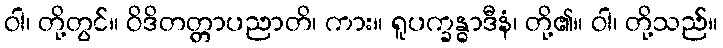
ဝါ၊ တို့တွင်။ ဝိဒိတတ္တာပညာတိ၊ ကား။ ရူပက္ခန္ဓာဒီနံ၊ တို့၏။ ဝါ၊ တို့သည်။